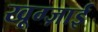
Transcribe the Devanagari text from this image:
खूग्ज़ाई